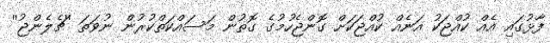
ފާޅުގައި އެއް ކުއްޖަކު އަނެއް ކުއްޖަކަށް ގޮންޖެހުމުގެ ގޮތުން މަސައްކަތްކުރުން ނުވަތަ ''ޗެލެންޖު''